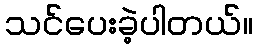
သင်ပေးခဲ့ပါတယ်။